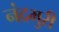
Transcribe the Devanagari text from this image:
नंदमुरी